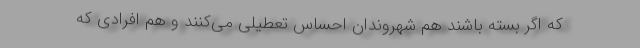
که اگر بسته باشند هم شهروندان احساس تعطیلی می‌کنند و هم افرادی که